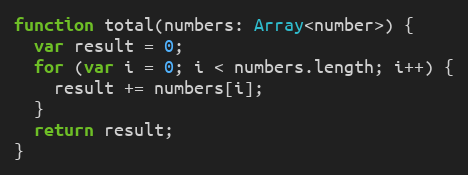
Language: JavaScript
function total(numbers: Array<number>) {
  var result = 0;
  for (var i = 0; i < numbers.length; i++) {
    result += numbers[i];
  }
  return result;
}